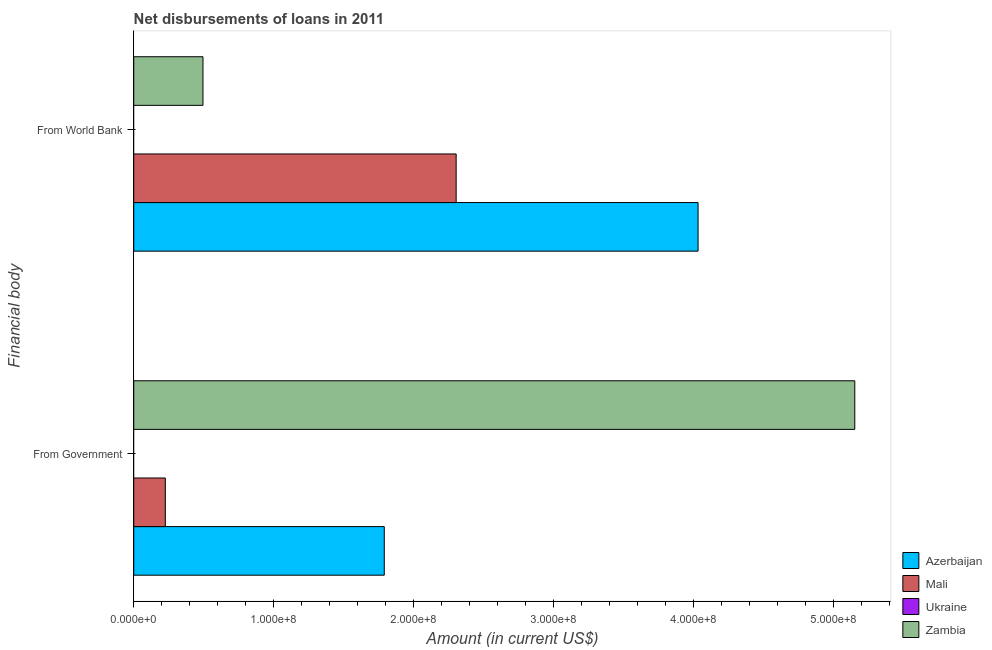
| Financial body | Azerbaijan | Mali | Ukraine | Zambia |
 | --- | --- | --- | --- | --- |
 | From Government | 1.79e+08 | 2.26e+07 | -7.82e+07 | 5.15e+08 |
 | From World Bank | 4.03e+08 | 2.3e+08 | -2.14e+09 | 4.95e+07 |